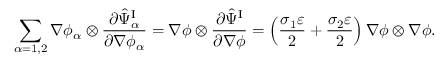
\begin{array} { r } { \displaystyle \sum _ { \alpha = 1 , 2 } \nabla \phi _ { \alpha } \otimes \frac { \partial \hat { \Psi } _ { \alpha } ^ { \mathrm { I } } } { \partial \nabla \phi _ { \alpha } } = \nabla \phi \otimes \frac { \partial \hat { \Psi } ^ { \mathrm { I } } } { \partial \nabla \phi } = \left( \frac { \sigma _ { 1 } \varepsilon } { 2 } + \frac { \sigma _ { 2 } \varepsilon } { 2 } \right) \nabla \phi \otimes \nabla \phi . } \end{array}